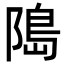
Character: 﨩